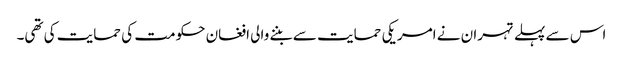
اس سے پہلے تہران نے امریکی حمایت سے بننے والی افغان حکومت کی حمایت کی تھی۔